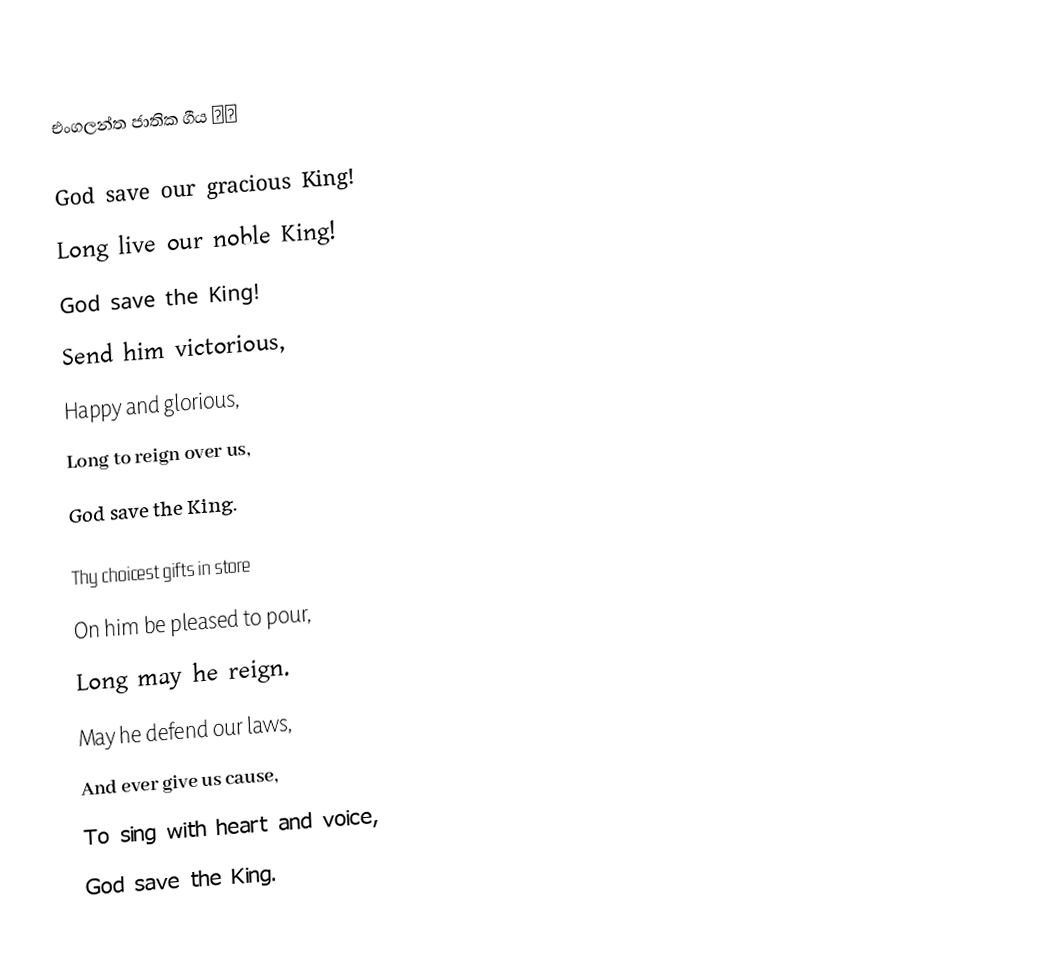
එංගලන්ත ජාතික ගීය 👇👇

God save our gracious King!
Long live our noble King!
God save the King!
Send him victorious,
Happy and glorious,
Long to reign over us,
God save the King.

Thy choicest gifts in store
On him be pleased to pour,
Long may he reign.
May he defend our laws,
And ever give us cause,
To sing with heart and voice,
God save the King.